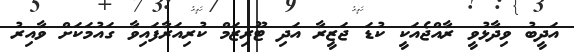
އަދީބު ވިދާޅުވީ ރާއްޖެއަކީ ކުޑަ ޖަޒީރާ އަދި ޓޫރިޒަމް ކުރިއަރާފައިވާ ގައުމަކަށް ވާއިރު